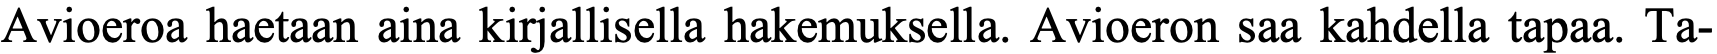
Avioeroa haetaan aina kirjallisella hakemuksella. Avioeron saa kahdella tapaa. Ta-